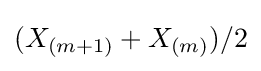
(X_{(m+1)}+X_{(m)})/2